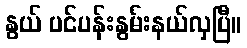
နွယ် ပင်ပန်းနွမ်းနယ်လှပြီ။